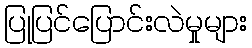
ပြုပြင်ပြောင်းလဲမှုများ